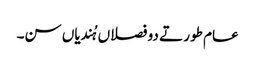
عام طور تے دو فصلاں ہُندیاں سن۔